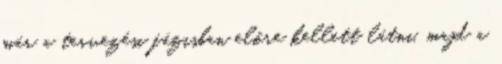
már a tervezési fázisban előre kellett látni, majd a